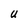
Character: U